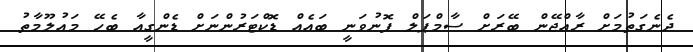
ދެނެގަތުމަށް ރާއްޖޭން ބޭރަށް ސާމްޕަލް ފޮނުވަނީ ބައެއް ޑޮކްޓަރުންނަށް ޑެންގީއާ ބެހޭ މައުލޫމާތު